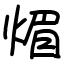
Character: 煝